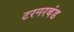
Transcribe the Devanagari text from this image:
टरनरबंड